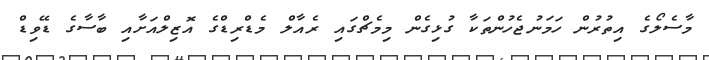
މާސެލޯގެ އިތުރުން ހަމަނުޖެހުންތަކާ ގުޅިގެން މިމެޗްގައި ރެއާލް މެޑްރިޑްގެ އޮޒިލްއަށާއި ބާސާގެ ޑޭވިޑް